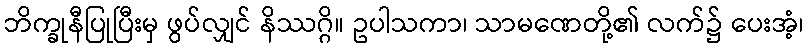
ဘိက္ခုနီပြုပြီးမှ ဖွပ်လျှင် နိဿဂ္ဂိ။ ဥပါသကာ၊ သာမဏေတို့၏ လက်၌ ပေးအံ့၊